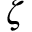
\zeta